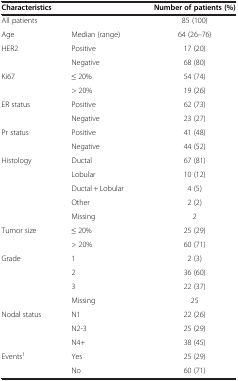
| <COLSPAN=2> Characteristics | Number of patients (%) |
 | --- | --- | --- |
 | All patients |  | 85 (100) |
 | Age | Median (range) | 64 (26–76) |
 | HER2 | Positive | 17 (20) |
 |  | Negative | 68 (80) |
 | Ki67 | ≤ 20% | 54 (74) |
 |  | > 20% | 19 (26) |
 | ER status | Positive | 62 (73) |
 |  | Negative | 23 (27) |
 | Pr status | Positive | 41 (48) |
 |  | Negative | 44 (52) |
 | Histology | Ductal | 67 (81) |
 |  | Lobular | 10 (12) |
 |  | Ductal + Lobular | 4 (5) |
 |  | Other | 2 (2) |
 |  | Missing | 2 |
 | Tumor size | ≤ 20% | 25 (29) |
 |  | > 20% | 60 (71) |
 | Grade | 1 | 2 (3) |
 |  | 2 | 36 (60) |
 |  | 3 | 22 (37) |
 |  | Missing | 25 |
 | Nodal status | N1 | 22 (26) |
 |  | N2-3 | 25 (29) |
 |  | N4+ | 38 (45) |
 | Events1 | Yes | 25 (29) |
 |  | No | 60 (71) |